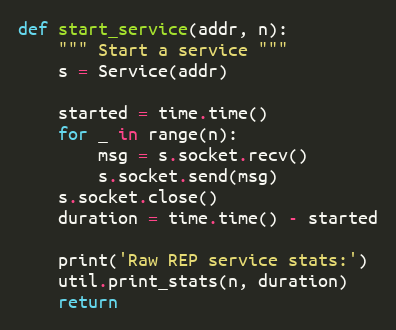
Language: Python
def start_service(addr, n):
    """ Start a service """
    s = Service(addr)

    started = time.time()
    for _ in range(n):
        msg = s.socket.recv()
        s.socket.send(msg)
    s.socket.close()
    duration = time.time() - started

    print('Raw REP service stats:')
    util.print_stats(n, duration)
    return